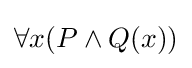
\forall x(P\land Q(x))